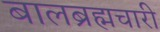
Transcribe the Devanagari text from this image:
बालब्रह्मचारी